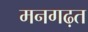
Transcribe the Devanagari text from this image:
मनगढ़त